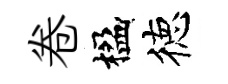
卷楹徳